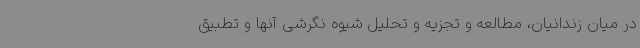
در میان زندانیان، مطالعه و تجزیه و تحلیل شیوه نگرشی آنها و تطبیق